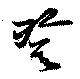
登